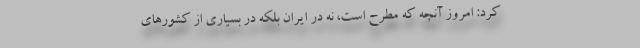
کرد: امروز آنچه که مطرح است، نه در ایران بلکه در بسیاری از کشورهای